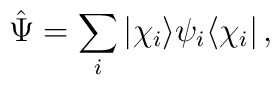
\hat{\Psi} = \sum_{i}| \chi_i \rangle \psi_i \langle \chi_i |\, ,